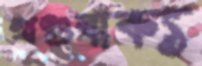
খণ্ডবাক্য